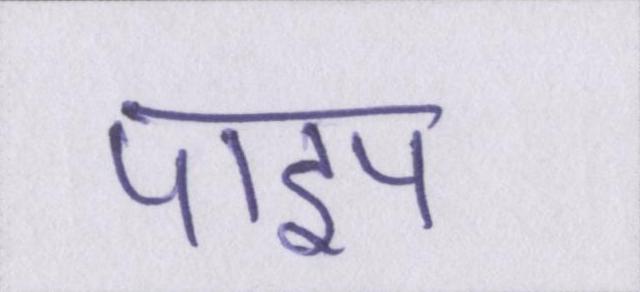
पाइप